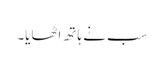
سب نے ہاتھ اٹھایا۔